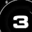
Digit: 3